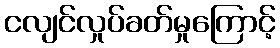
ငလျင်လှုပ်ခတ်မှုကြောင့်